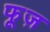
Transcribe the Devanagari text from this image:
फूज़